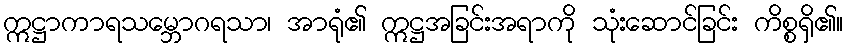
ဣဋ္ဌာကာရသမ္ဘောဂရသာ၊ အာရုံ၏ ဣဋ္ဌအခြင်းအရာကို သုံးဆောင်ခြင်း ကိစ္စရှိ၏။